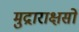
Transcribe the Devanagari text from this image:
मुद्राराक्षसों